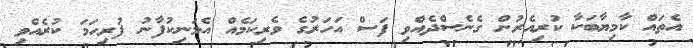
އެތައް ކާމިޔާބަކާ ކުރިއެރުން ގެނެސްދެއްވި ފަސް އަހަރުގެ ވެރިކަމެއް އެމަނިކުފާނު ފުރިހަމަ ކުރެއްވި